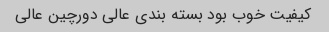
کیفیت خوب بود بسته بندی عالی دورچین عالی